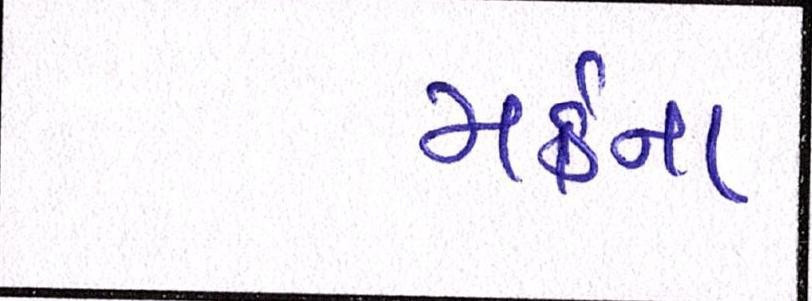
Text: મર્કના